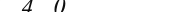
١٣٢